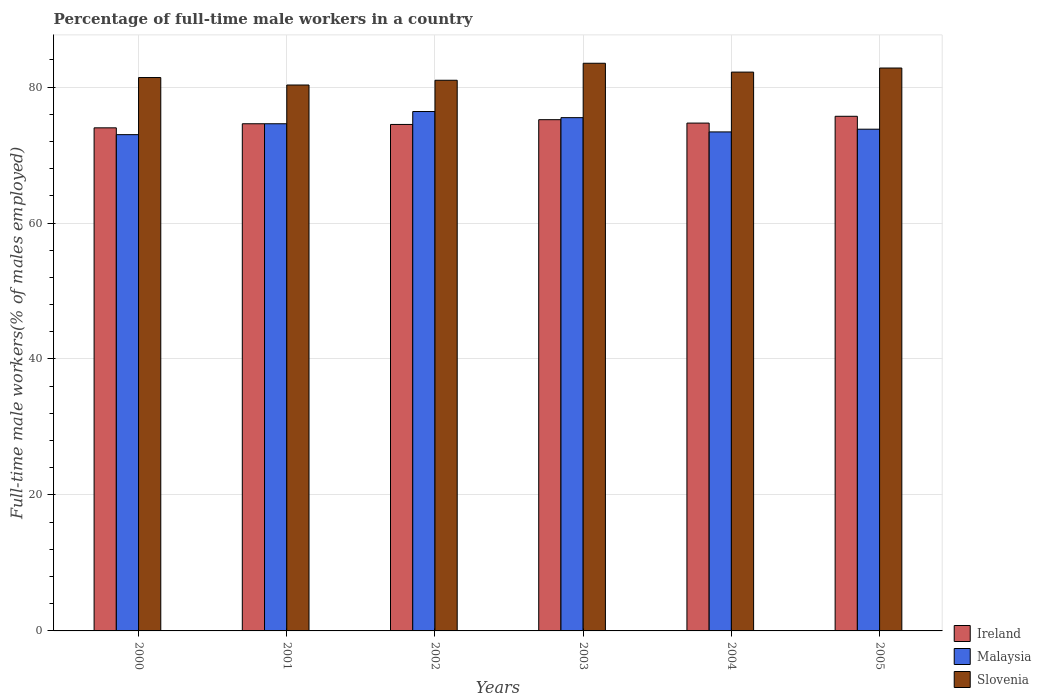
| Years | Ireland | Malaysia | Slovenia |
 | --- | --- | --- | --- |
 | 2000 | 74 | 73 | 81.4 |
 | 2001 | 74.6 | 74.6 | 80.3 |
 | 2002 | 74.5 | 76.4 | 81 |
 | 2003 | 75.2 | 75.5 | 83.5 |
 | 2004 | 74.7 | 73.4 | 82.2 |
 | 2005 | 75.7 | 73.8 | 82.8 |